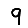
Digit: 9